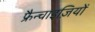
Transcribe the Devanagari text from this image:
फ्रैन्चाइज़ियों